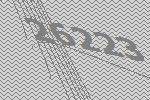
26223